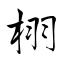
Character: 栩